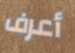
أعرف